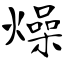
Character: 燥